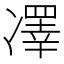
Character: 凙